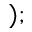
) ;